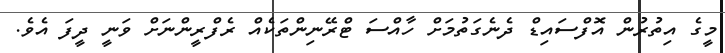
މީގެ އިތުރުން އޮފްސައިޑް ދެނެގަތުމަށް ހާއްސަ ޓްރޭނިންތަކެއް ރެފްރީންނަށް ވަނީ ދީފަ އެވެ.